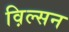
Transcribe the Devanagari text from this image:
व़िल्सन